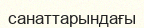
санаттарындағы